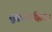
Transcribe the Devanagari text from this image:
सुक्करचक्किया